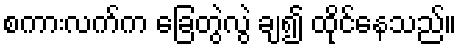
စကားလက်က ခြေတွဲလွဲ ချ၍ ထိုင်နေသည်။